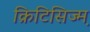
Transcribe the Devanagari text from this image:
क्रिटिसिज्म़